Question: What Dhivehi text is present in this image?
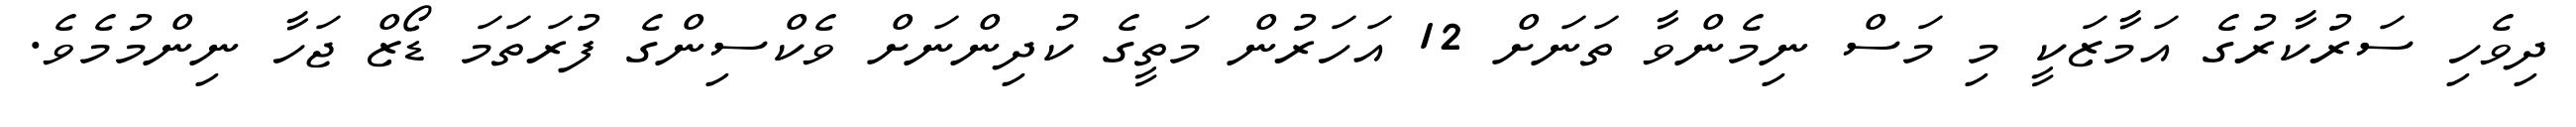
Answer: ދިވެހި ސަރުކާރުގެ އަމާޒަކީ މި މަސް ނިމެންވާ ތަނަށް 12 އަހަރުން މަތީގެ ކުދިންނަށް ވެކްސިންގެ ފުރަތަމަ ޑޯޒް ޖަހާ ނިންމުމެވެ.